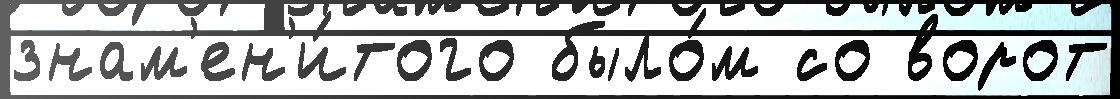
знам'ен'и́того было́м со ворот